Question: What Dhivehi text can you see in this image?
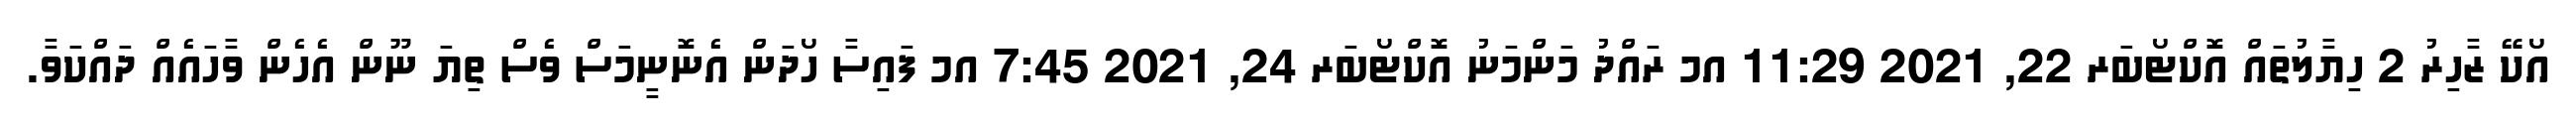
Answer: އޯކޭ ޒާހިރު 2 ހިޔާލުތައް އޮކްޓޯބަރ 22, 2021 11:29 އމ ރައްދު މަންމަނު އޮކްޓޯބަރ 24, 2021 7:45 އމ ފައިސާ ހޯދަން އެނޮނީމަސް ވެސް ތިޔަ ނޫން އެހެން ވާހައެއް ދައްކަވާ.